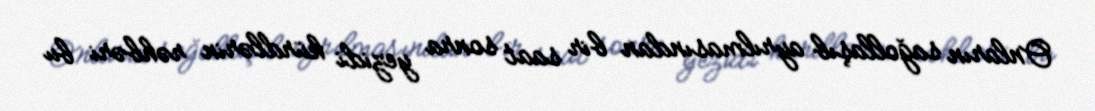
Onların sağollaşıb ayrılmasından bir saat sonra yezidi kürdlərin rəhbəri bu